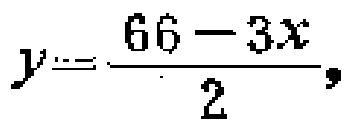
\(y=\frac{66 - 3x}{2},\)